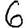
Digit: 6